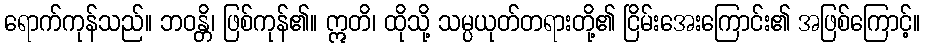
ရောက်ကုန်သည်။ ဘဝန္တိ၊ ဖြစ်ကုန်၏။ ဣတိ၊ ထိုသို့ သမ္ပယုတ်တရားတို့၏ ငြိမ်းအေးကြောင်း၏ အဖြစ်ကြောင့်။